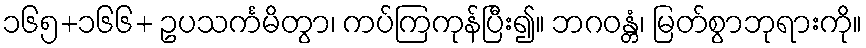
၁၆၅+၁၆၆+ ဥပသင်္ကမိတွာ၊ ကပ်ကြကုန်ပြီး၍။ ဘဂဝန္တံ၊ မြတ်စွာဘုရားကို။